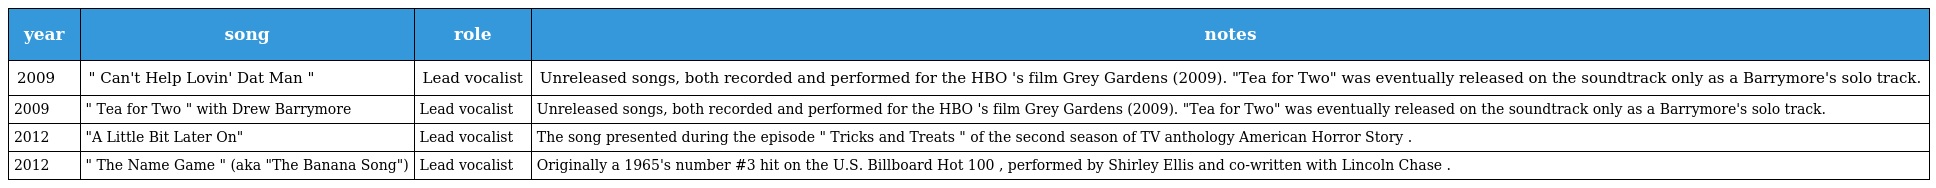
| year | song | role | notes |
 | --- | --- | --- | --- |
 | 2009 | " Can't Help Lovin' Dat Man " | Lead vocalist | Unreleased songs, both recorded and performed for the HBO 's film Grey Gardens (2009). "Tea for Two" was eventually released on the soundtrack only as a Barrymore's solo track. |
 | 2009 | " Tea for Two " with Drew Barrymore | Lead vocalist | Unreleased songs, both recorded and performed for the HBO 's film Grey Gardens (2009). "Tea for Two" was eventually released on the soundtrack only as a Barrymore's solo track. |
 | 2012 | "A Little Bit Later On" | Lead vocalist | The song presented during the episode " Tricks and Treats " of the second season of TV anthology American Horror Story . |
 | 2012 | " The Name Game " (aka "The Banana Song") | Lead vocalist | Originally a 1965's number #3 hit on the U.S. Billboard Hot 100 , performed by Shirley Ellis and co-written with Lincoln Chase . |